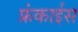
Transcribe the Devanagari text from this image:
फ्रंकाईस